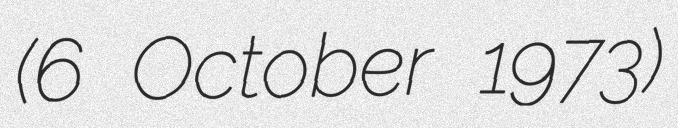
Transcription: (6 October 1973)